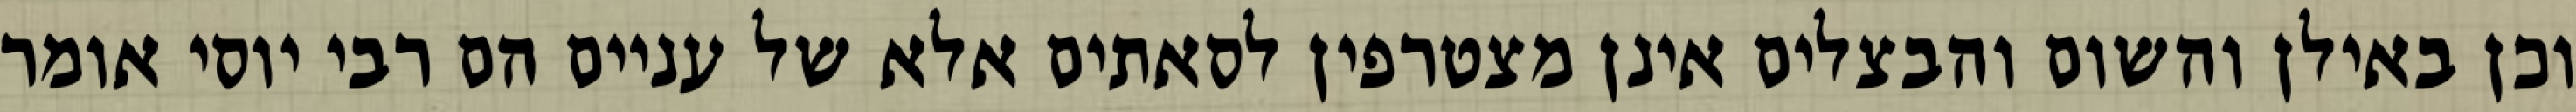
וכן באילן והשום והבצלים אינן מצטרפין לסאתים אלא של עניים הם רבי יוסי אומר